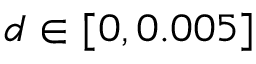
d \in [ 0 , 0 . 0 0 5 ]